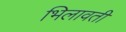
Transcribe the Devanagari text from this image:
भिलावती